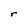
Character: r